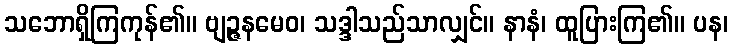
သဘောရှိကြကုန်၏။ ဗျဉ္ဇနမေဝ၊ သဒ္ဒါသည်သာလျှင်။ နာနံ၊ ထူပြားကြ၏။ ပန၊